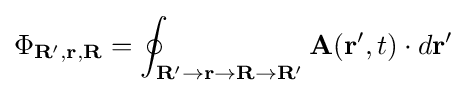
\Phi _{\mathbf {R} ',\mathbf {r} ,\mathbf {R} }=\oint _{\mathbf {R} '\to \mathbf {r} \to \mathbf {R} \to \mathbf {R} '}\mathbf {A} (\mathbf {r} ',t)\cdot d\mathbf {r} '